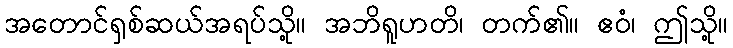
အတောင်ရှစ်ဆယ်အရပ်သို့။ အဘိရူဟတိ၊ တက်၏။ ဧဝံ၊ ဤသို့။